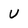
Character: U